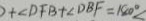
) + \angle D F B + \angle D B F = 1 8 0 ^ { \circ } \angle